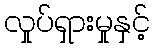
လှုပ်ရှားမှုနှင့်